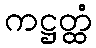
ကဋ္ဌတ္ထံ